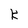
Character: K